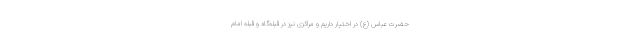
حضرت عباس (ع) در اختیار داریم و مراکزی نیز در قبله‌گاه و قبله امام